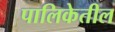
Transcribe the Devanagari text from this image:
पालिकेतील